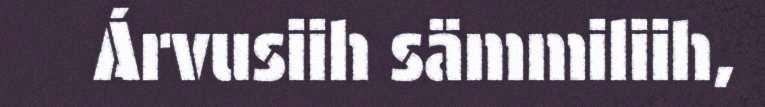
Árvusiih sämmiliih,